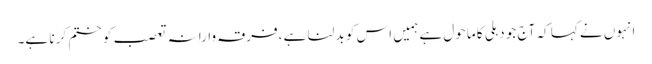
انہوں نے کہا کہ آج جو دہلی کا ماحول ہے ہمیں اس کو بد لنا ہے ،فرقہ وارانہ تعصب کو ختم کر نا ہے۔